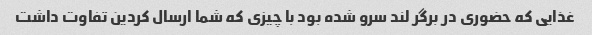
غذایی که حضوری در برگر لند سرو شده بود با چیزی که شما ارسال کردین تفاوت داشت